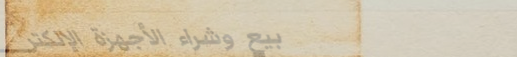
بيع وشراء الأجهزة الإلكتر